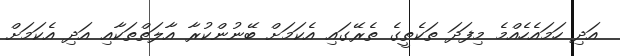
އަދި ހަމައެހެއްމެ މިފަދަ ތަކެތީގެ ތެރޭގައި އެކަމަށް ބޭނުންކުރާ އާލަތްތަކާއި އަދި އެކަމަށް